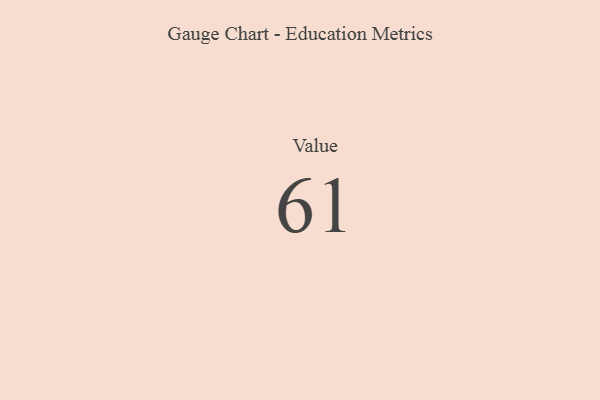
{"axis": {"x": "Metric", "y": "Value"}, "legend": [""], "data": [{"x": "Value", "y": 61, "type": ""}]}